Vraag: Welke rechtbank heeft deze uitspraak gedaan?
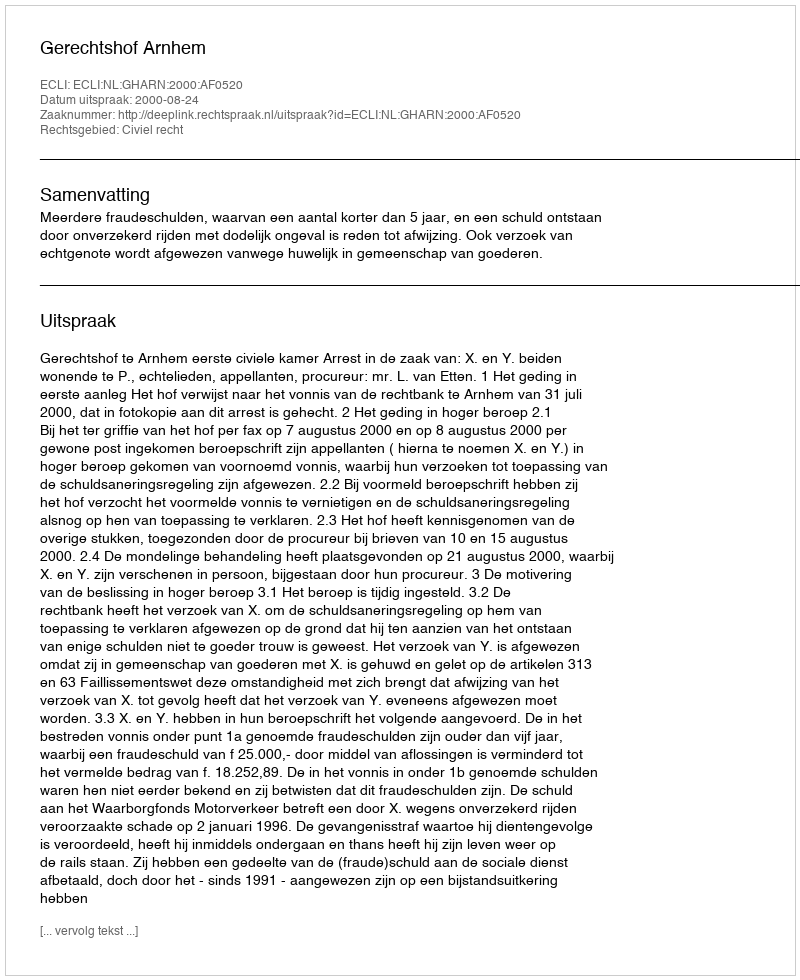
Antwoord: Gerechtshof Arnhem